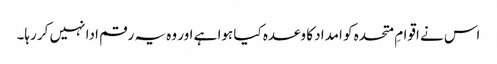
اس نے اقوامِ متحدہ کو امداد کا وعدہ کیا ہوا ہے اور وہ یہ رقم ادا نہیں کر رہا۔